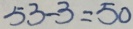
5 3 - 3 = 5 0